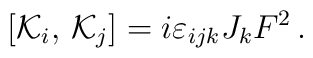
\left[{\cal K}_{i},\,{\cal K}_{j}\right]= i\varepsilon_{ijk}J_{k}F^2\,.